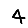
Digit: 4